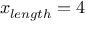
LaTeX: x _ { l e n g t h } = 4